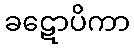
ခဋောပိကာ